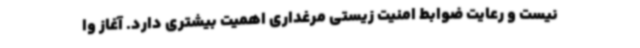
نیست و رعایت ضوابط امنیت زیستی مرغداری اهمیت بیشتری دارد. آغاز وا